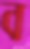
ব